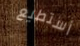
أستطيع